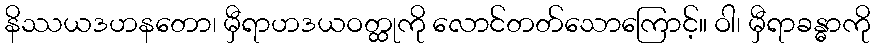
နိဿယဒဟနတော၊ မှီရာဟဒယဝတ္ထုကို လောင်တတ်သောကြောင့်။ ဝါ၊ မှီရာခန္ဓာကို